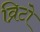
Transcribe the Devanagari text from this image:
व्रिटो